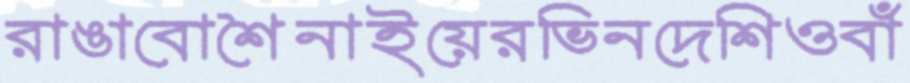
রাঙাবোশৈনাইয়েরভিনদেশিওবাঁ